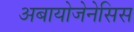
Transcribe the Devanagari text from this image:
अबायोजेनेसिस